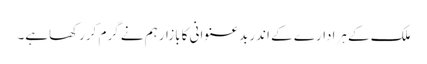
ملک کے ہرادارے کے اندربدعنوانی کابازارہم نے گرم کررکھاہے۔